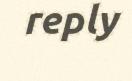
reply